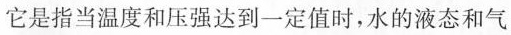
它是指当温度和压强达到一定值时，水的液态和气